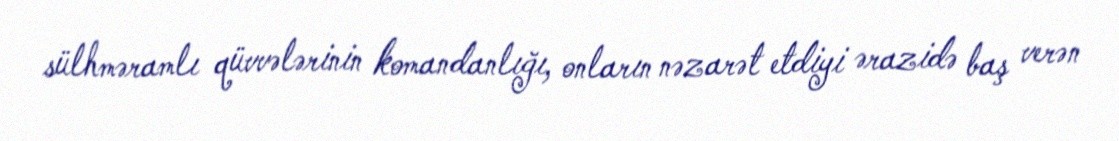
sülhməramlı qüvvələrinin komandanlığı, onların nəzarət etdiyi ərazidə baş verən